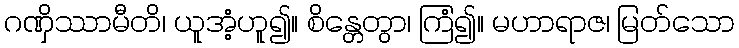
ဂဏှိဿာမီတိ၊ ယူအံ့ဟူ၍။ စိန္တေတွာ၊ ကြံ၍။ မဟာရာဇ၊ မြတ်သော